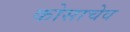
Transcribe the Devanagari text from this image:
कोसाचेव